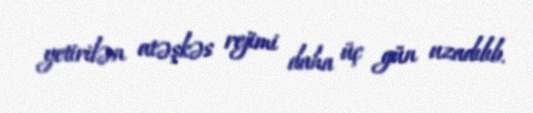
yetirilən atəşkəs rejimi daha üç gün uzadılıb.